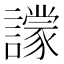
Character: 𧭙